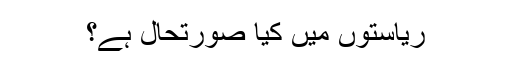
ریاستوں میں کیا صورتحال ہے؟